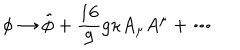
\phi \rightarrow \tilde { \phi } + \frac { 1 6 } { 9 } g \kappa A _ { \mu } A ^ { \mu } + \cdots